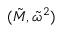
( \tilde { M } , \tilde { \omega } ^ { 2 } )